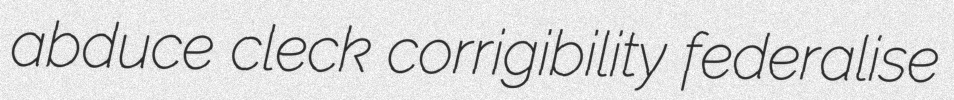
abduce cleck corrigibility federalise